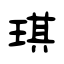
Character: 琪